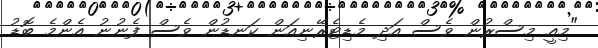
"މިއީ މިސްރުން ވެސް އަދި މެޑިޓެރޭނިއަން ކަނޑުން ވެސް ފެނުނު އެންމެ ބޮޑު